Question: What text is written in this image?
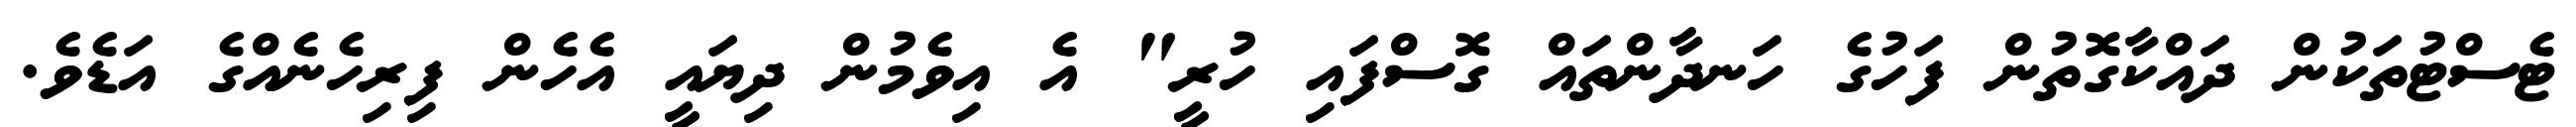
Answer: ޓެސްޓުތަކުން ދައްކާގޮތުން ފަހުގެ ހަނދާންތައް ގޮސްފައި ހުރީ" އެ އިވެމުން ދިޔައީ އެހެން ފިރިހެނެއްގެ އަޑެވެ.